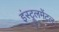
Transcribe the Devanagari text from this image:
इंस्ट्रूलमेंटल